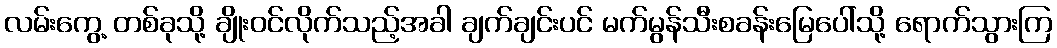
လမ်းကွေ့ တစ်ခုသို့ ချိုးဝင်လိုက်သည့်အခါ ချက်ချင်းပင် မက်မွန်သီးစခန်းမြေပေါ်သို့ ရောက်သွားကြ